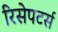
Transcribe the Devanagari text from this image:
रिसेपटर्स